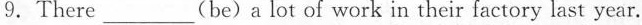
9.There__(be)a lot of work in their factory last year.